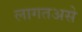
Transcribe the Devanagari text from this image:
लागतअसे